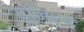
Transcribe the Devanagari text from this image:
युनिट्ड